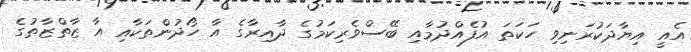
އެއީ އިޔާާދަކުރަނިވި ހަކަތަ އުފެއްދުމާއި ބޭސްވެރިކަމުގެ ދާއިރާގެ އާ ހޯދުންތަކާއި އާ ޒާތްޒާތުގެ